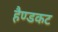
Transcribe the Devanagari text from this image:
हैण्डकट